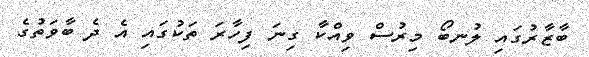
ބާޒާރުގައި ލުނބޯ މިރުސް ވިއްކާ ގިނަ ފިހާރަ ތަކުގައި އެ ދެ ބާވަތުގެ